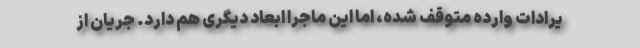
یرادات وارده متوقف شده، اما این ماجرا ابعاد دیگری هم دارد. جریان از